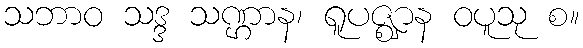
သဘာဝ သဒ္ဒ သဏ္ဌာန၊ ရူပဇ္ဈာန ဝပူသု စ။